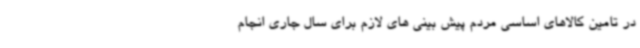
در تامین کالاهای اساسی مردم پیش بینی های لازم برای سال جاری انجام